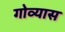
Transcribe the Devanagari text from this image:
गोव्यास